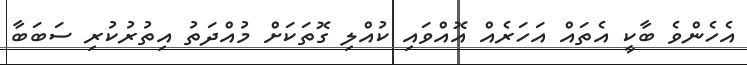
އެހެންވެ ބާކީ އެތައް އަހަރެއް އޮއްވައި ކުއްލި ގޮތަކަށް މުއްދަތު އިތުރުކުރި ސަބަބާ